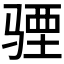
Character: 𩧾